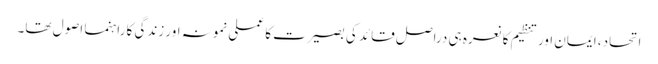
اتحاد، ایمان اور تنظیم کا نعرہ ہی دراصل قائد کی بصیرت کا عملی نمونہ اور زندگی کا راہنما اصول تھا۔